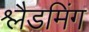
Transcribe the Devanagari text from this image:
श्लैडमिंग